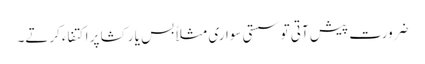
ضرورت پیش آتی تو سستی سواری مثلاً بس یا رکشا پر اکتفاء کرتے۔